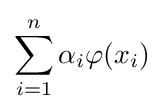
\sum _{i=1}^{n}\alpha _{i}\varphi (x_{i})